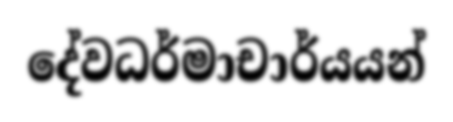
දේවධර්මාචාර්යයන්